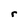
Character: r